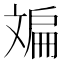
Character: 斒